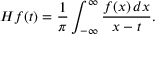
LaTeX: H f ( t ) = { \frac { 1 } { \pi } } \int _ { - \infty } ^ { \infty } { \frac { f ( x ) \, d x } { x - t } } .